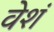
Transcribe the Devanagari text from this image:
वेशं